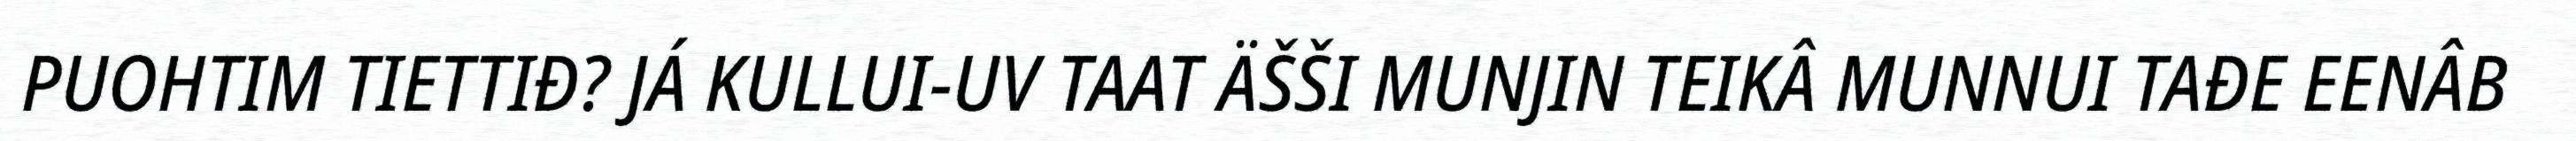
PUOHTIM TIETTIĐ? JÁ KULLUI-UV TAAT ÄŠŠI MUNJIN TEIKÂ MUNNUI TAĐE EENÂB